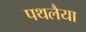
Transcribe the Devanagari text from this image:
पथलैया